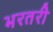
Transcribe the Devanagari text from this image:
भरतरी